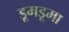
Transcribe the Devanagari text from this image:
डूमडूमा